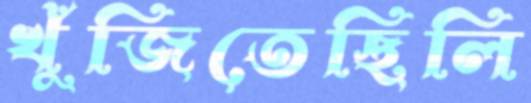
খুঁজিতেছিলি